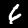
Label: 6